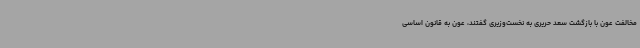
مخالفت عون با بازگشت سعد حریری به نخست‌وزیری گفتند، عون به قانون اساسی